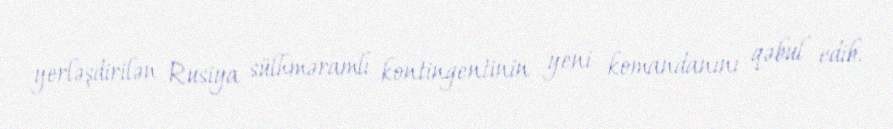
yerləşdirilən Rusiya sülhməramlı kontingentinin yeni komandanını qəbul edib.